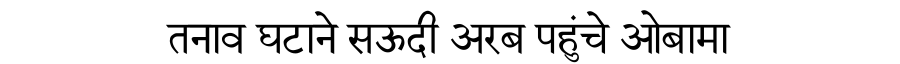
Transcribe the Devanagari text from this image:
तनाव घटाने सऊदी अरब पहुंचे ओबामा